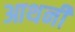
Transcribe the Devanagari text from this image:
आथनी